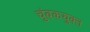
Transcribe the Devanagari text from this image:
चुंबकयुक्त